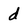
Character: d